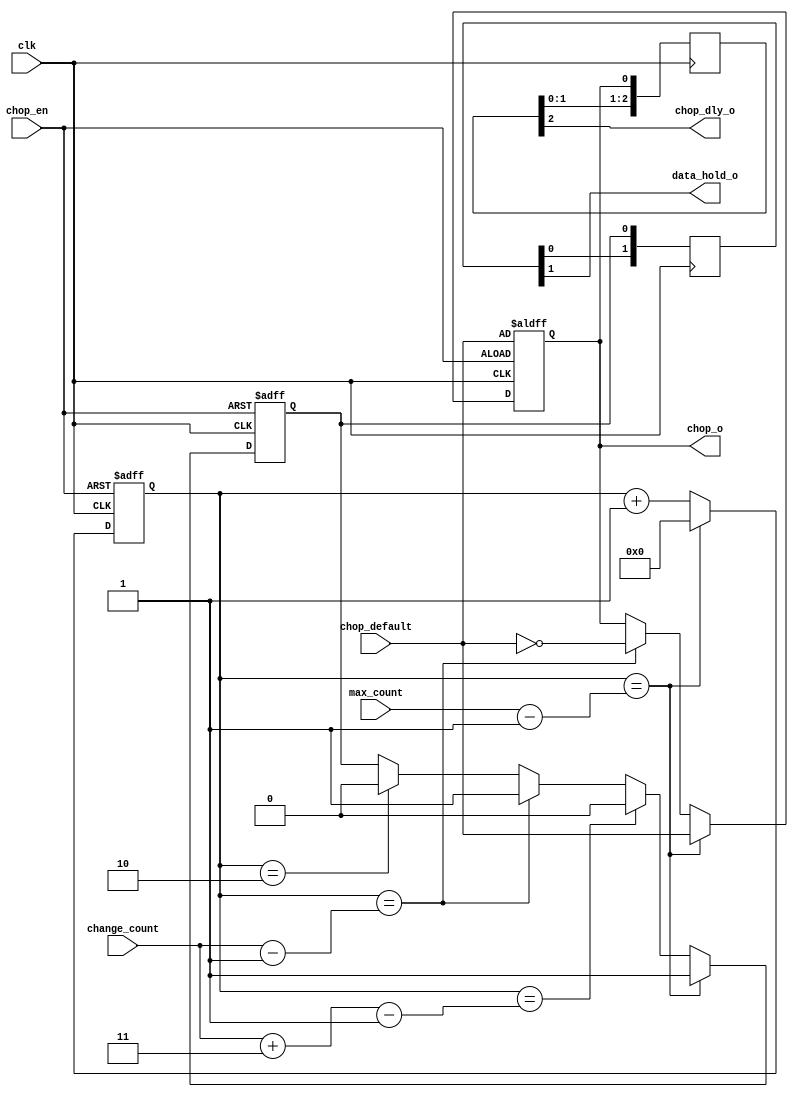
`timescale 1ns / 1ps
//////////////////////////////////////////////////////////////////////////////////
// Company: INSTITUTO DOS PLASMAS E FUSAO NUCLEAR
// 
// Design Name: 	ATCA-GPIO-W7X INTERLOCK Streaming and Processing FW. 16 Channels.
// Module Name:    chop_gen
// Project Name: 	ATCA-GPIO-W7X INTERLOCK Streaming and Processing FW. 16 Channels.
// Tool versions: 
// Description: 
//
// Dependencies: 
//
// Revision: 26/06/2018
// Revision 0.01 - File Created
// Additional Comments: 
//
// SVN keywords:
// $Date: 2016-02-03 18:53:24 +0000 (Wed, 03 Feb 2016) $
// $Revision: 8264 $
// $URL: http://metis.ipfn.ist.utl.pt:8888/svn/cdaq/ATCA/ATCA-IO-CONTROL/IPP/W7X_INTLCK_FP/hdl/design/chop_gen.v $
//
//////////////////////////////////////////////////////////////////////////////////
module CHOP_GEN #(
	parameter HOLD_SAMPLES = 3 // Ignore 3 samples in Integral calculation
)
(
    input clk,
    input chop_en,
    input chop_default,
    input [31:0] change_count,
    input [31:0] max_count,
    output chop_o,
    output chop_dly_o,
	output data_hold_o
    );
	 
	localparam CHOP_DELAY = 3;  // Compensate digital delay for output
	
	reg chop_r;
	assign chop_o = chop_r;

	reg hold_r=0;
	reg [CHOP_DELAY-1:1] hold_dly = 0;
	assign data_hold_o = hold_dly[CHOP_DELAY-1];// 26/06/2018 Signal was advanced one sample
	
	reg [CHOP_DELAY:1] chop_dly = 0;
	assign chop_dly_o = chop_dly[CHOP_DELAY];
	
	always @ (negedge clk)
		begin
			hold_dly <= {hold_dly[(CHOP_DELAY-2):1], hold_r};
			chop_dly <= {chop_dly[(CHOP_DELAY-1):1], chop_r};
		end	

	reg [31:0] chop_counter_r = 0; 
   always @(negedge clk or negedge chop_en)
		if(!chop_en) 
			begin
				chop_counter_r <= 0;
				chop_r <= chop_default;
				hold_r <= 0;
			end
		else
			begin 
				chop_counter_r <= chop_counter_r + 1;
				if ( chop_counter_r == (HOLD_SAMPLES-1) )
						hold_r <= 1'b0;						
				if ( chop_counter_r == (change_count-1) )
					begin				
						chop_r <= !chop_default;
						hold_r <= 1'b1;						
					end	
				if ( chop_counter_r == (change_count + HOLD_SAMPLES-1) )
						hold_r <= 1'b0;						
				if ( chop_counter_r == (max_count-1) )
					begin 
						chop_counter_r <= 32'b0;
						chop_r <= chop_default;			
						hold_r <= 1'b1;						
					end
			end
		
endmodule //CHOP_GEN